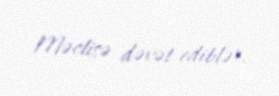
Məclisə dəvət ediblər.